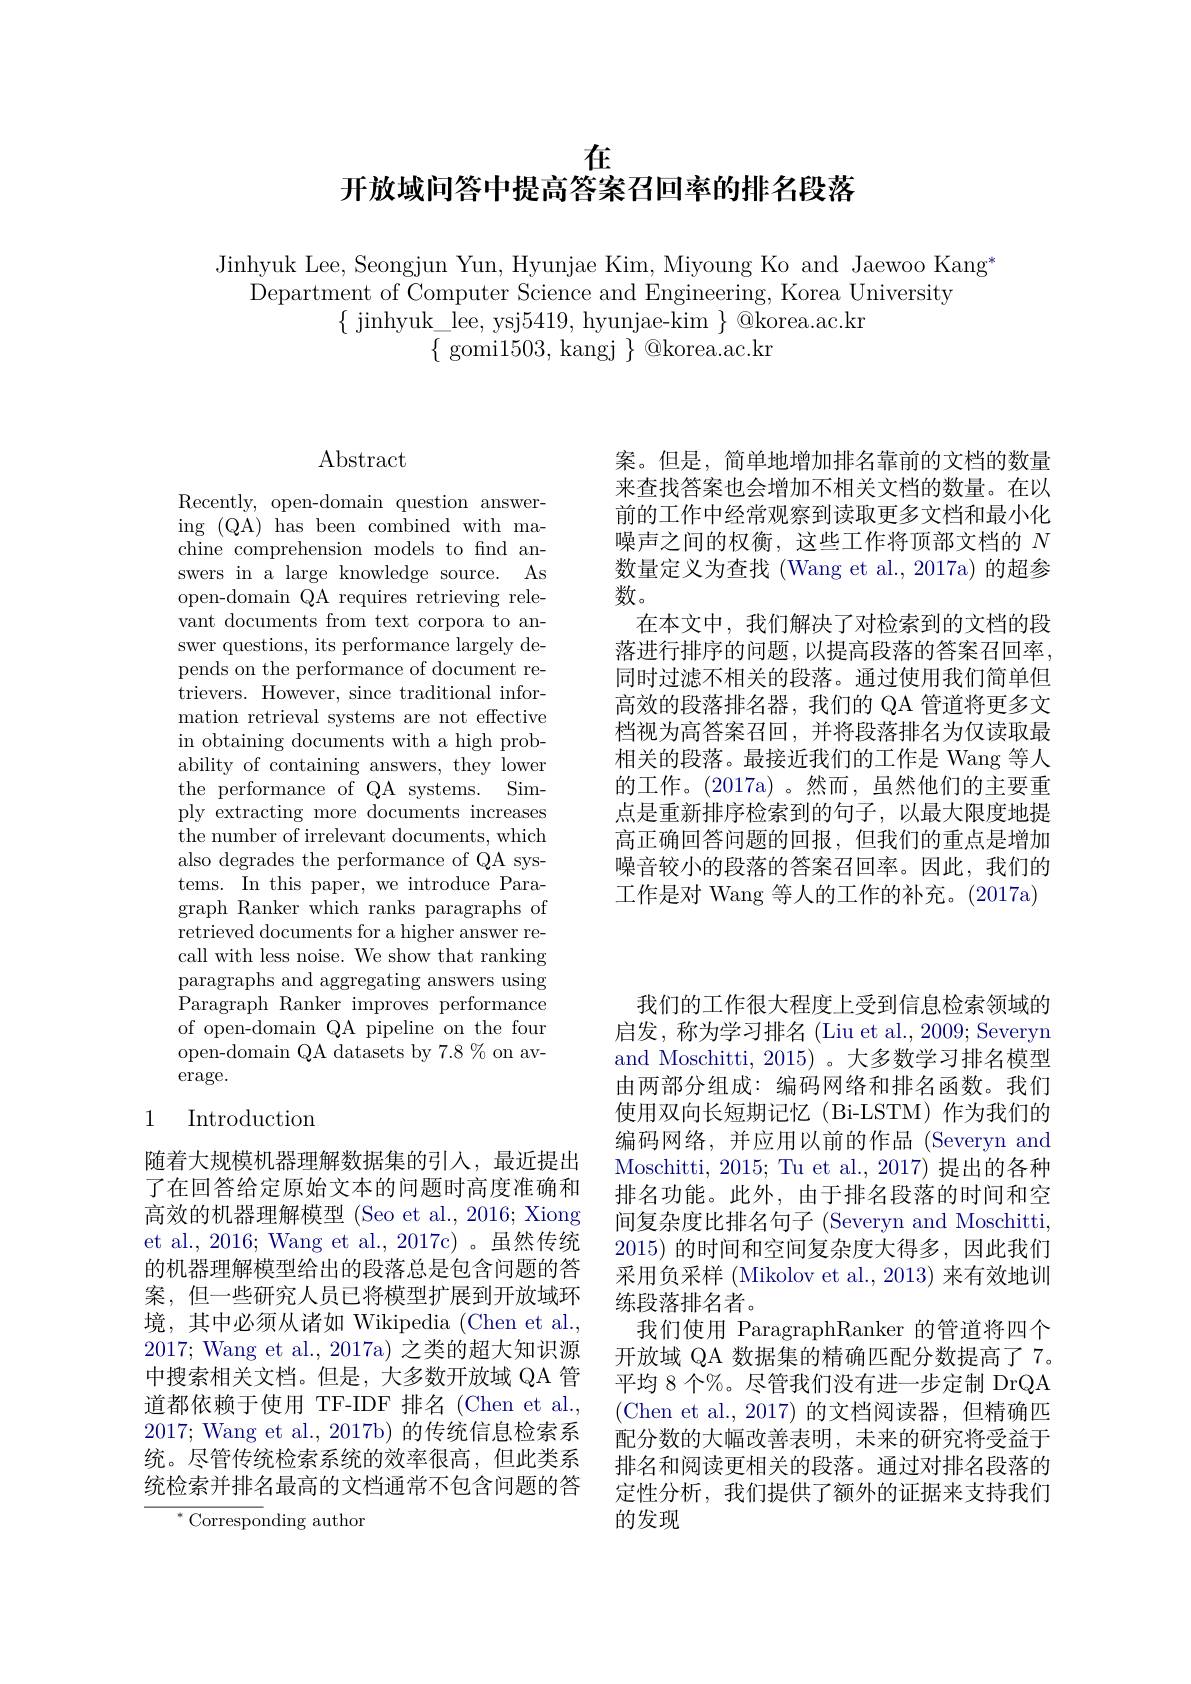
$\overset{\text{在}}{\operatorname*{\text{开放域问答中提高答案召回率的排名段落}}}$

Jinhyuk Lee, Seongjun Yun, Hyunjae Kim, Miyoung Ko and Jaewoo Kang"
Department of Computer Science and Engineering, Korea University
$\{$ jinhyuk\_lee, ysj5419, hyunjae-kim$\}@$korea.ac.kr
$\{{\mathrm{~gomi1503,~kangj~}}\}{\mathrm{~@korea.ac.kr}}$

案。但是，简单地增加排名靠前的文档的数量来查找答案也会增加不相关文档的数量。在以前的工作中经常观察到读取更多文档和最小化噪声之间的权衡，这些工作将顶部文档的$N$ 数量定义为查找 (Wang et al., 2017a) 的超参数。
在本文中，我们解决了对检索到的文档的段落进行排序的问题，以提高段落的答案召回率， 同时过滤不相关的段落。通过使用我们简单但高效的段落排名器，我们的 QA 管道将更多文档视为高答案召回，并将段落排名为仅读取最相关的段落。最接近我们的工作是 Wang 等人的工作。(2017a)。然而，虽然他们的主要重点是重新排序检索到的句子，以最大限度地提高正确回答问题的回报，但我们的重点是增加噪音较小的段落的答案召回率。因此，我们的工作是对 Wang 等人的工作的补充。(2017a)

$\operatorname{Abstract}$

Recently, open-domain question answering (QA) has been combined with machine comprehension models to find answers in a large knowledge source. As open-domain QA requires retrieving relevant documents from text corpora to answer questions, its performance largely depends on the performance of document retrievers. However, since traditional information retrieval systems are not effective in obtaining documents with a high probability of containing answers, they lower the performance of QA systems. Simply extracting more documents increases the number of irrelevant documents, which also degrades the performance of QA systems. In this paper, we introduce Paragraph Ranker which ranks paragraphs of retrieved documents for a higher answer recall with less noise. We show that ranking paragraphs and aggregating answers using Paragraph Ranker improves performance of open-domain QA pipeline on the four open-domain QA datasets by 7.8 % on av- $\operatorname{erage}.$

## 1 Introduction

随着大规模机器理解数据集的引入，最近提出了在回答给定原始文本的问题时高度准确和高效的机器理解模型 (Seo et al., 2016; Xiong et al., 2016; Wang et al., 2017c) 。虽然传统的机器理解模型给出的段落总是包含问题的答案，但一些研究人员已将模型扩展到开放域环境，其中必须从诸如 Wikipedia (Chen et al., 2017; Wang et al., 2017a) 之类的超大知识源中搜索相关文档。但是，大多数开放域 QA 管道都依赖于使用 TF-IDF 排名 (Chen et al. 2017; Wang et al., 2017b) 的传统信息检索系统。尽管传统检索系统的效率很高，但此类系统检索并排名最高的文档通常不包含问题的答

${^*\text{Correspo}}$nding author

我们的工作很大程度上受到信息检索领域的启发，称为学习排名 (Liu et al., 2009; Severyn and Moschitti, 2015) 。大多数学习排名模型由两部分组成：编码网络和排名函数。我们使用双向长短期记忆(Bi-LSTM)作为我们的编码网络，并应用以前的作品(Severyn and Moschitti, 2015; Tu et al., 2017) 提出的各种排名功能。此外，由于排名段落的时间和空间复杂度比排名句子 (Severyn and Moschitti, 2015)的时间和空间复杂度大得多，因此我们采用负采样 (Mikolov et al., 2013) 来有效地训练段落排名者。
我们使用 ParagraphRanker 的管道将四个开放域 QA 数据集的精确匹配分数提高了 7。平均 8 个%。尽管我们没有进一步定制 DrQA (Chen et al.,2017)的文档阅读器，但精确匹配分数的大幅改善表明，未来的研究将受益于排名和阅读更相关的段落。通过对排名段落的定性分析，我们提供了额外的证据来支持我们的发现